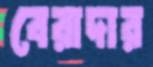
বেরাদার